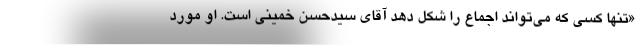
«تنها کسی که می‌تواند اجماع را شکل دهد آقای سیدحسن خمینی است. او مورد